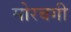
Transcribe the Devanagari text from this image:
मोरबगी